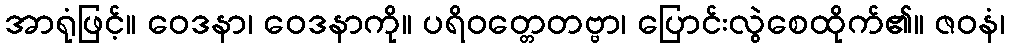
အာရုံဖြင့်။ ဝေဒနာ၊ ဝေဒနာကို။ ပရိဝတ္တေတဗ္ဗာ၊ ပြောင်းလွဲစေထိုက်၏။ ဇဝနံ၊